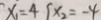
x _ { 1 } = 4 x _ { 2 } = - 4